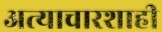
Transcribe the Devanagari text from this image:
अत्याचारशाही